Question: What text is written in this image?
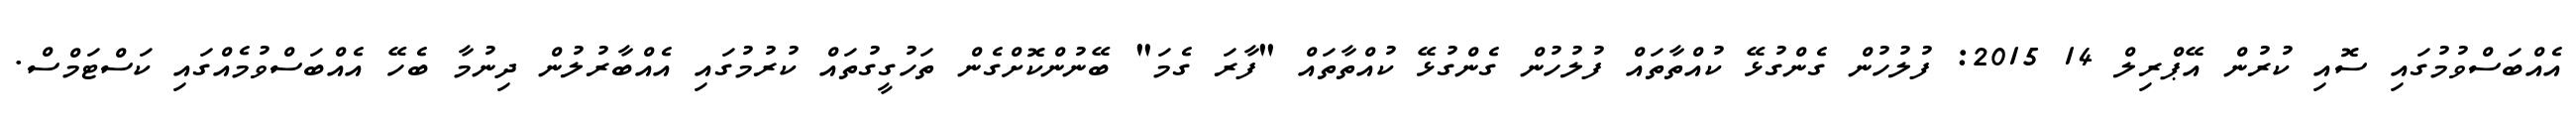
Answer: އެއްބަސްވުމުގައި ސޮއި ކުރުން އޭޕްރިލް 14 2015: ފުލުހުން ގެންގުޅޭ ކުއްތާތައް ފުލުހުން ގެންގުޅޭ ކުއްތާތައް "ފާރަ ގެމަ" ބޭނުންކޮށްގެން ތަހުގީގުތައް ކުރުމުގައި އެއްބާރުލުން ދިނުމާ ބެހޭ އެއްބަސްވުމެއްގައި ކަސްޓަމްސް.